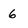
Character: 6